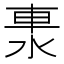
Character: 𨋈